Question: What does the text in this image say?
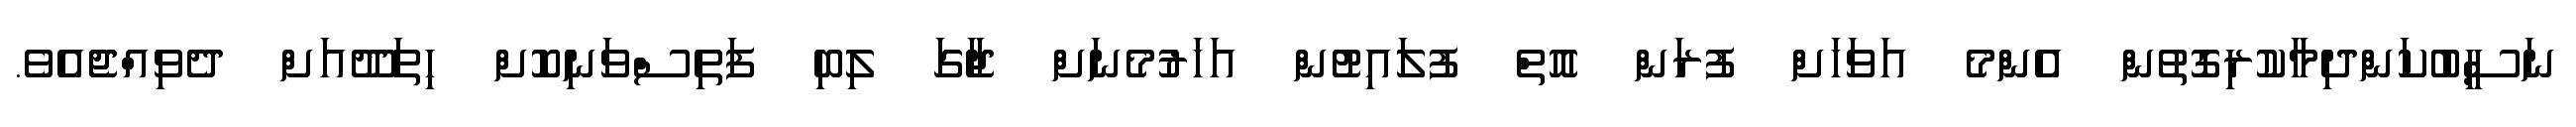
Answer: ނަސީބުކަންދިމާކުރިގޮތުން އެންމެ އަވަހަށް ފުރަން އޮތް ފުލައިޓުން އަހަރުމެނަށް ޖާގަ ލިބި ފަތިސްވަނިކޮށް ހިތަދޫއަށް ދެވިއްޖެއެވެ.